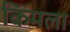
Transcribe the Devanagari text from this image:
किमला